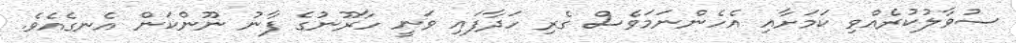
ސުވާލުކުރެއްވި ކަމަށާއި އެހެންނަމަވެސް ގެރި ހަދާފައި ވަނީ ހާރޫނުގެ ފާނު ނޫންކަން އެނގެއެވެ.